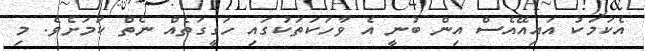
އެކަމަކު އައިއޭއެސް އިން ބުނީީ އެ ވާހަކަތަކުގައި ހަގީގަތެއް ނެތް ކަމަށެވެ. މި